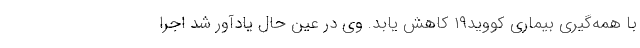
با همه‌گیری بیماری کووید۱۹ کاهش یابد. وی در عین حال یادآور شد اجرا